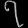
Digit: ၇